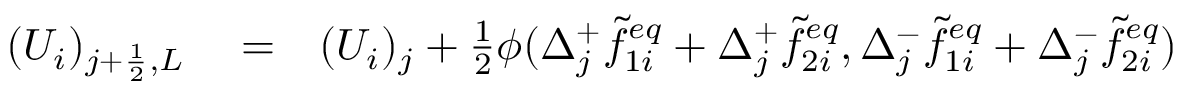
\begin{array} { r l r } { ( U _ { i } ) _ { j + \frac { 1 } { 2 } , L } } & { { } = } & { ( U _ { i } ) _ { j } + \frac { 1 } { 2 } \phi ( \Delta _ { j } ^ { + } \widetilde { f } _ { 1 i } ^ { e q } + \Delta _ { j } ^ { + } \widetilde { f } _ { 2 i } ^ { e q } , \Delta _ { j } ^ { - } \widetilde { f } _ { 1 i } ^ { e q } + \Delta _ { j } ^ { - } \widetilde { f } _ { 2 i } ^ { e q } ) } \end{array}